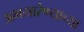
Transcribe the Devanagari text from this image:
अभयारंण्याच्या